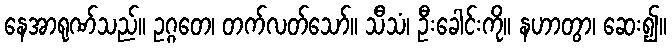
နေအာရုဏ်သည်။ ဥဂ္ဂတေ၊ တက်လတ်သော်။ သီသံ၊ ဦးခေါင်းကို။ နဟာတွာ၊ ဆေး၍။